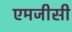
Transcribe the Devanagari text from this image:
एमजीसी